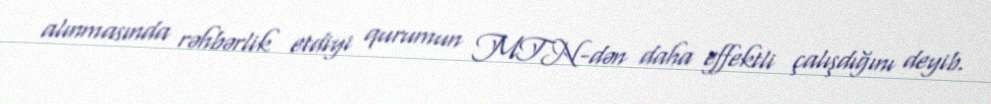
alınmasında rəhbərlik etdiyi qurumun MTN-dən daha effektli çalışdığını deyib.